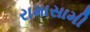
રામાસામી